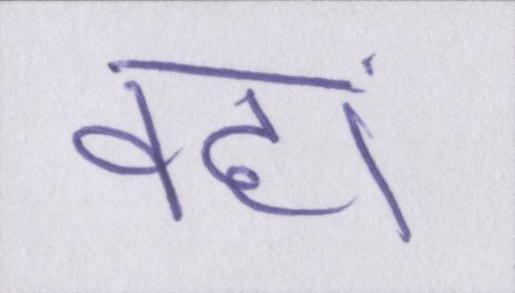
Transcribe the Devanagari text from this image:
वहां